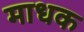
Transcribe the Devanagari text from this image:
माधक